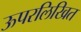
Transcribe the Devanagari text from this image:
ऊपरलिखित